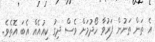
އެ ތަން ތަނުން ފަރުވާ ހޯދުމަށް ވެސް ދިގު ކިއުއެއް އެބަ އޮތެވެ.